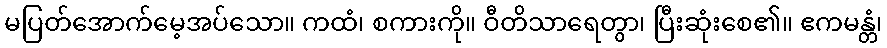
မပြတ်အောက်မေ့အပ်သော။ ကထံ၊ စကားကို။ ဝီတိသာရေတွာ၊ ပြီးဆုံးစေ၏။ ဧကမန္တံ၊